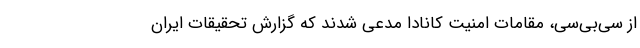
از سی‌بی‌سی، مقامات امنیت کانادا مدعی شدند که گزارش تحقیقات ایران